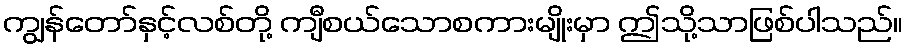
ကျွန်တော်နှင့်လစ်တို့ ကျီစယ်သောစကားမျိုးမှာ ဤသို့သာဖြစ်ပါသည်။